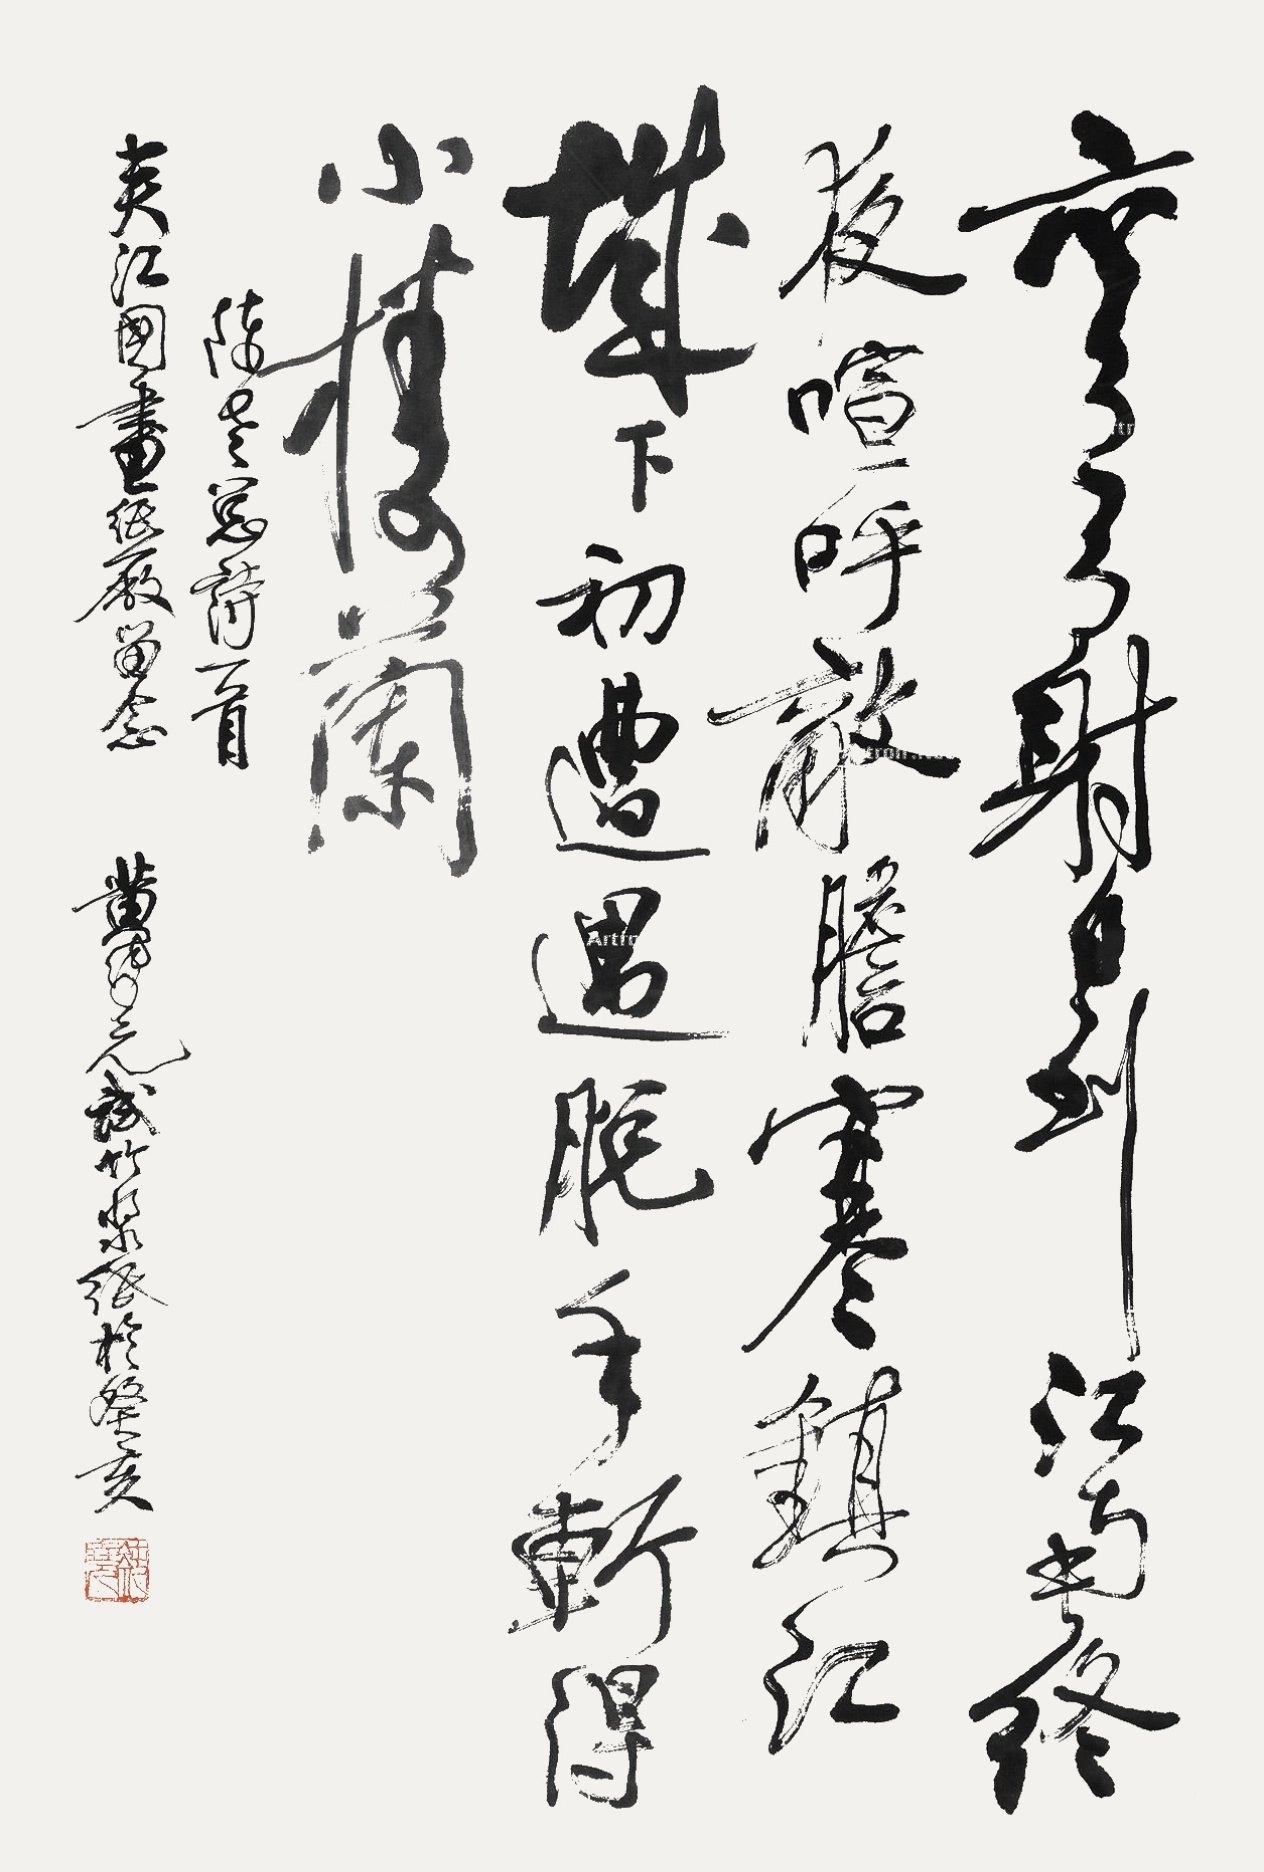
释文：弯弓射日到江南，终夜喧呼敌胆寒。镇江城下初遭遇，脱手斩得小楼兰。陈老总诗一首，夹江国画纸厂留念，黄纯尧试竹浆纸于癸亥。